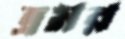
ভ্রমর